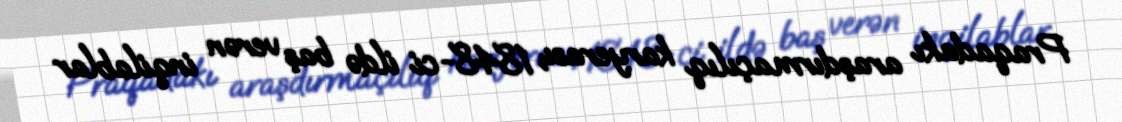
Praqadakı araşdırmaçılıq karyerası, 1848-ci ildə baş verən inqilablar